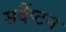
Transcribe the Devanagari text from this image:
सदैंप्टन